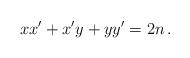
LaTeX: \begin{align*}xx'+x'y+yy'=2n\,.\end{align*}